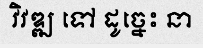
វិវឌ្ឍ ទៅ ដូច្នេះ នា